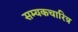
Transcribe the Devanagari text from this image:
सम्यकचारित्र